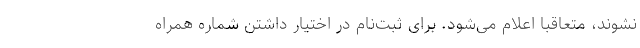
نشوند، متعاقبا اعلام می‌شود. برای ثبت‌نام در اختیار داشتن شماره همراه